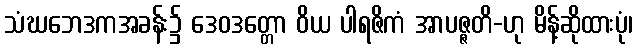
သံဃဘေဒကအခန်း၌ ဒေဝဒတ္တော ဝိယ ပါရဇိကံ အာပဇ္ဇတိ-ဟု မိန့်ဆိုထားပုံ၊